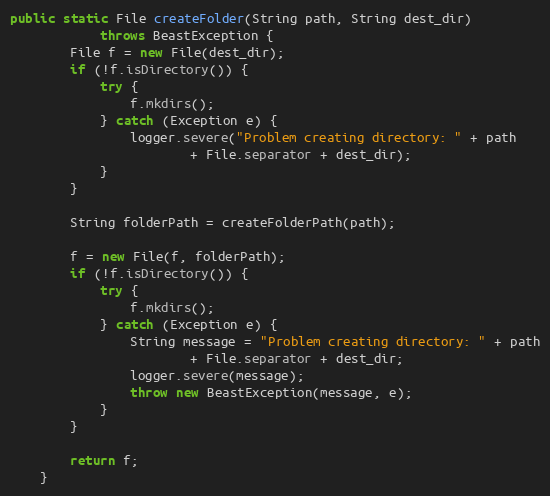
Language: Java
public static File createFolder(String path, String dest_dir)
            throws BeastException {
        File f = new File(dest_dir);
        if (!f.isDirectory()) {
            try {
                f.mkdirs();
            } catch (Exception e) {
                logger.severe("Problem creating directory: " + path
                        + File.separator + dest_dir);
            }
        }

        String folderPath = createFolderPath(path);

        f = new File(f, folderPath);
        if (!f.isDirectory()) {
            try {
                f.mkdirs();
            } catch (Exception e) {
                String message = "Problem creating directory: " + path
                        + File.separator + dest_dir;
                logger.severe(message);
                throw new BeastException(message, e);
            }
        }

        return f;
    }